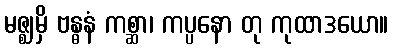
မဇ္ဈမှိ ဗန္ဓနံ ကစ္ဆာ၊ ကပ္ပနော တု ကုထာဒယော။